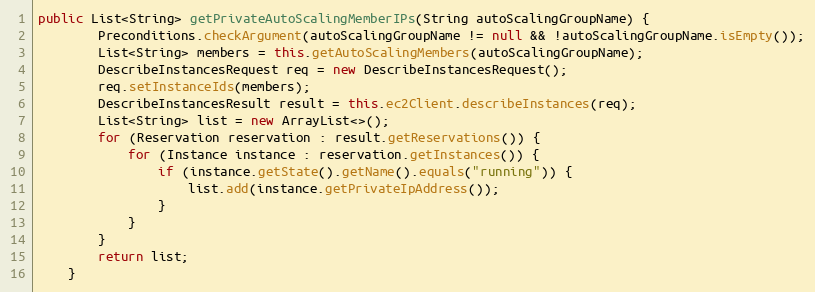
Language: Java
public List<String> getPrivateAutoScalingMemberIPs(String autoScalingGroupName) {
        Preconditions.checkArgument(autoScalingGroupName != null && !autoScalingGroupName.isEmpty());
        List<String> members = this.getAutoScalingMembers(autoScalingGroupName);
        DescribeInstancesRequest req = new DescribeInstancesRequest();
        req.setInstanceIds(members);
        DescribeInstancesResult result = this.ec2Client.describeInstances(req);
        List<String> list = new ArrayList<>();
        for (Reservation reservation : result.getReservations()) {
            for (Instance instance : reservation.getInstances()) {
                if (instance.getState().getName().equals("running")) {
                    list.add(instance.getPrivateIpAddress());
                }
            }
        }
        return list;
    }